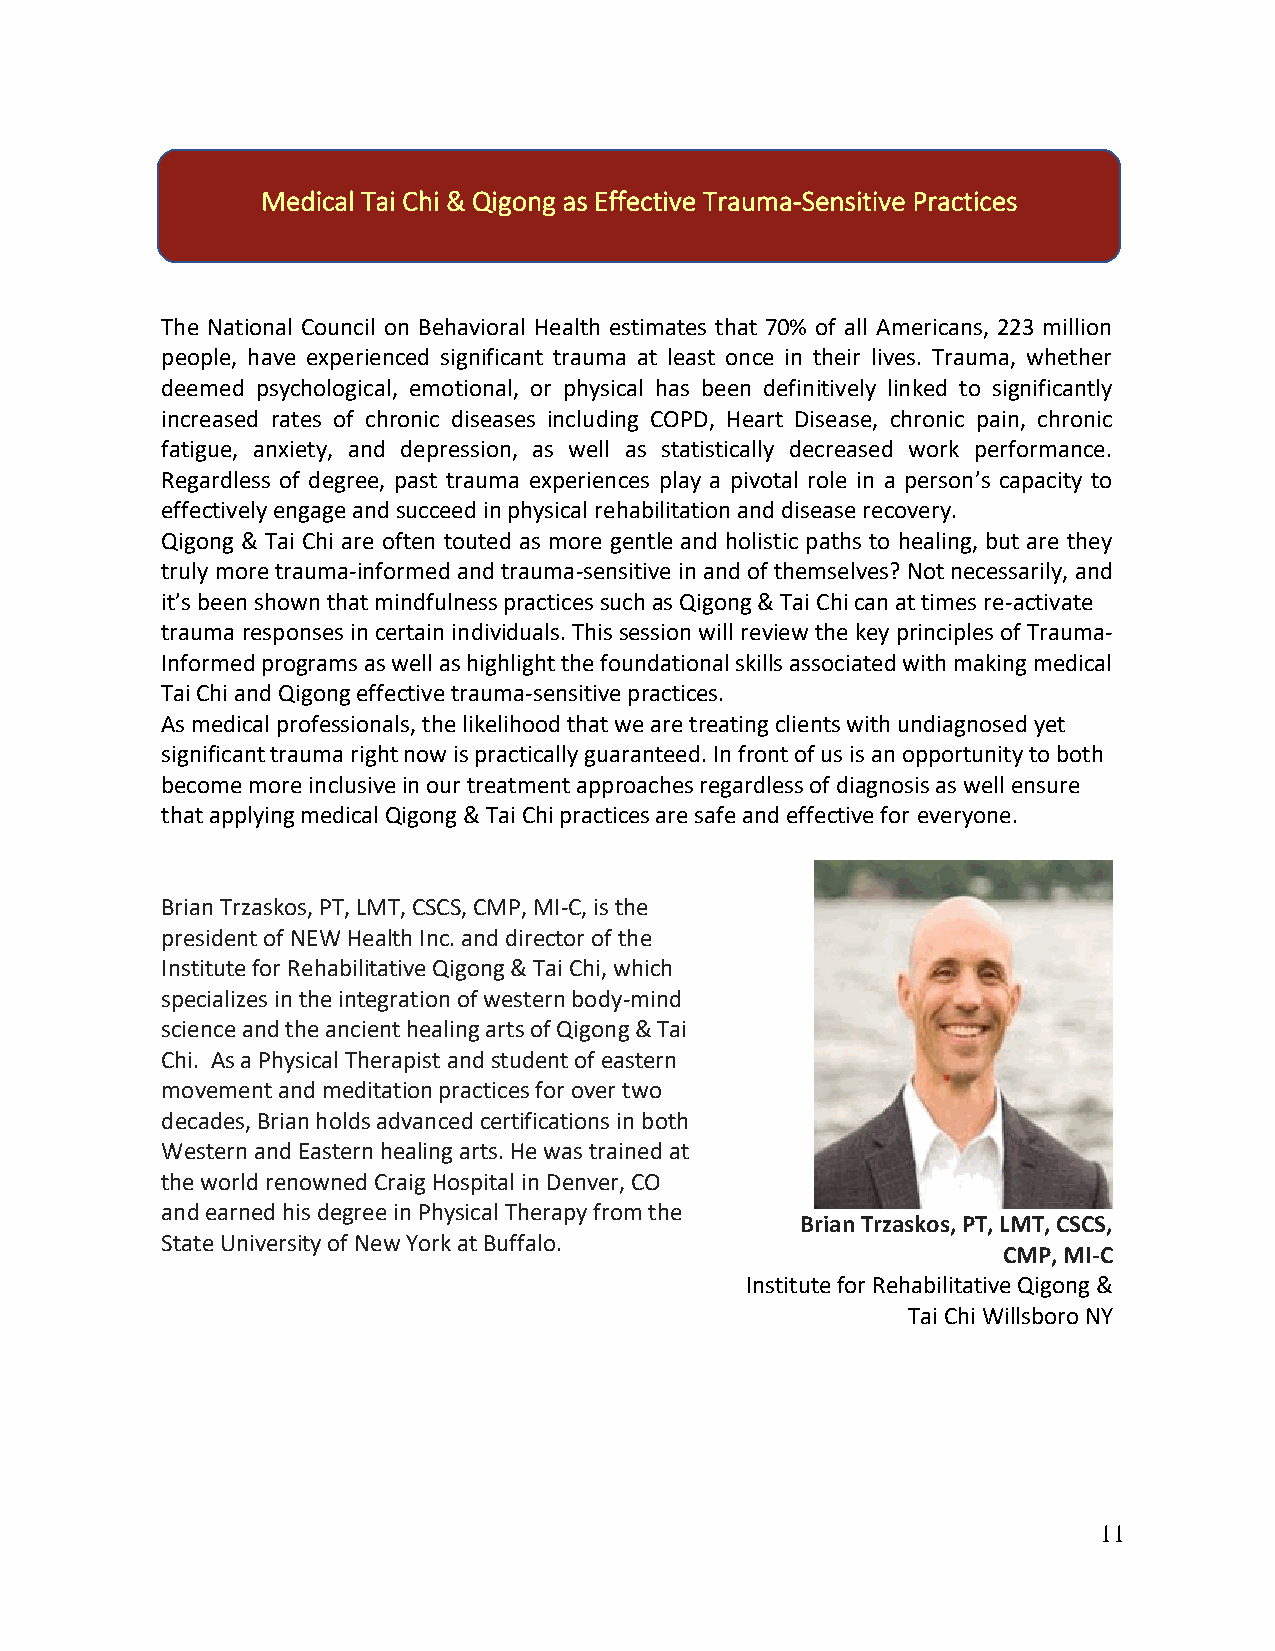
Medical Tai Chi & Qigong as Effective Trauma-Sensitive Practices
 The National Council on Behavioral Health estimates that 70% of all Americans, 223 million
 people, have experienced significant trauma at least once in their lives. Trauma, whether
 deemed psychological, emotional, or physical has been definitively linked to significantly
 increased rates of chronic diseases including COPD, Heart Disease, chronic pain, chronic
 fatigue, anxiety, and depression, as well as statistically decreased work performance.
 Regardless of degree, past trauma experiences play a pivotal role in a person’s capacity to
 effectively engage and succeed in physical rehabilitation and disease recovery.
 Qigong & Tai Chi are often touted as more gentle and holistic paths to healing, but are they
 truly more trauma-informed and trauma-sensitive in and of themselves? Not necessarily, and
 it’s been shown that mindfulness practices such as Qigong & Tai Chi can at times re-activate
 trauma responses in certain individuals. This session will review the key principles of Trauma-
 Informed programs as well as highlight the foundational skills associated with making medical
 Tai Chi and Qigong effective trauma-sensitive practices.
 As medical professionals, the likelihood that we are treating clients with undiagnosed yet
 significant trauma right now is practically guaranteed. In front of us is an opportunity to both
 become more inclusive in our treatment approaches regardless of diagnosis as well ensure
 that applying medical Qigong & Tai Chi practices are safe and effective for everyone.
 Brian Trzaskos, PT, LMT, CSCS, CMP, MI-C, is the
 president of NEW Health Inc. and director of the
 Institute for Rehabilitative Qigong & Tai Chi, which
 specializes in the integration of western body-mind
 science and the ancient healing arts of Qigong & Tai
 Chi. As a Physical Therapist and student of eastern
 movement and meditation practices for over two
 decades, Brian holds advanced certifications in both
 Western and Eastern healing arts. He was trained at
 the world renowned Craig Hospital in Denver, CO
 and earned his degree in Physical Therapy from the
 Brian Trzaskos, PT, LMT, CSCS,
 State University of New York at Buffalo.
 CMP, MI-C
 Institute for Rehabilitative Qigong &
 Tai Chi Willsboro NY
 11